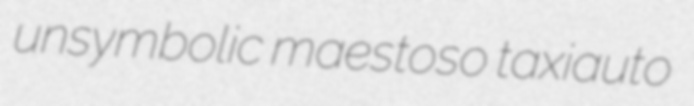
unsymbolic maestoso taxiauto